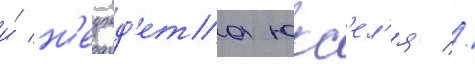
и́ н'еджд'ета юкс'ел'я //